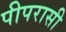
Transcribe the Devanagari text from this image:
पीपरासी